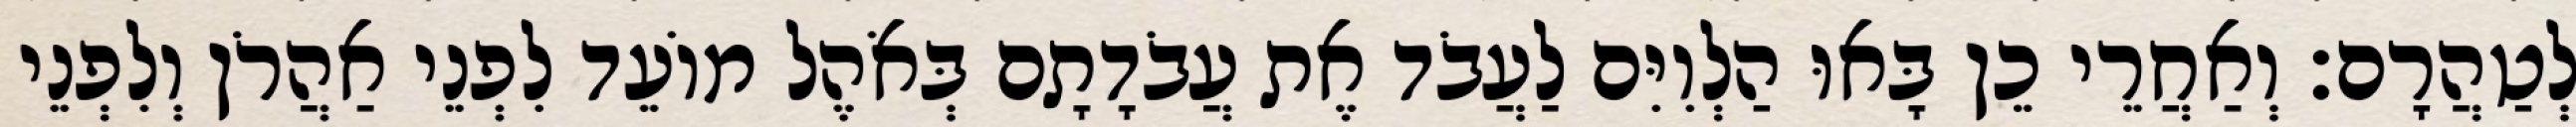
לְטַהֲרָם׃ וְאַחֲרֵי כֵן בָּאוּ הַלְוִיִּם לַעֲבֹד אֶת עֲבֹדָתָם בְּאֹהֶל מוֹעֵד לִפְנֵי אַהֲרֹן וְלִפְנֵי